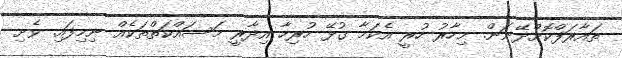
ތައާރަފްކޮށްދޭނަން. މިހާރު ހުރީ އެކަމާ ގުޅޭ ހުރިހާ އިދާރީ މަސައްކަތްތަކެއް ނިމިފައި. ވެށި